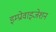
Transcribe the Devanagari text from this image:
इम्प्रोवाइजेशन